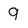
Character: 9